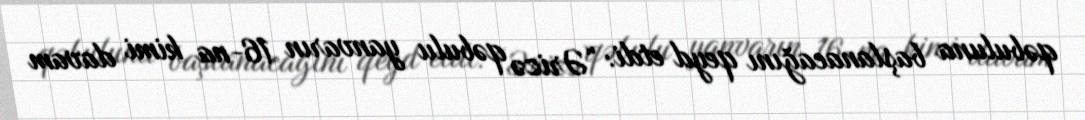
qəbuluna başlanacağını qeyd etdi: “Ərizə qəbulu yanvarın 16-na kimi davam